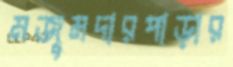
মজুমদারপাড়ার